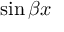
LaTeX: \sin { \beta x }